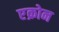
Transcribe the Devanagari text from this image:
एक्रोन